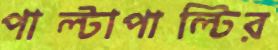
পাল্টাপাল্টির